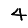
Digit: 4